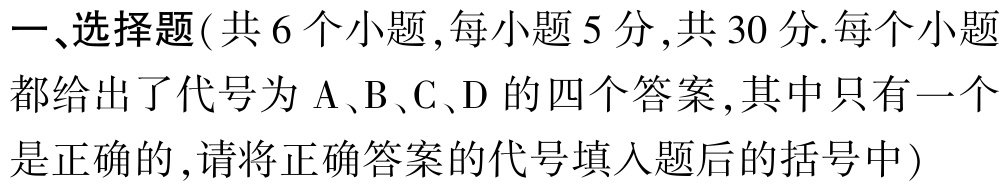
一、选择题(共 6 个小题,每小题 5 分,共 30 分.每个小题都给出了代号为 A、B、C、D 的四个答案,其中只有一个是正确的,请将正确答案的代号填入题后的括号中)